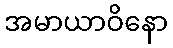
အမာယာဝိနော